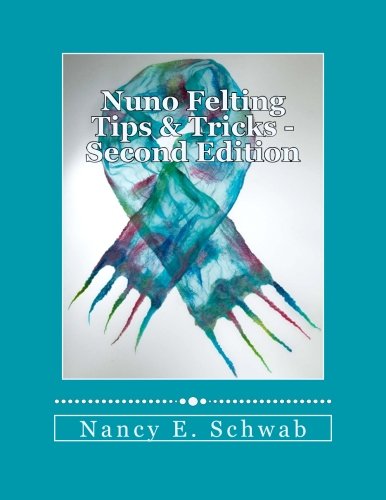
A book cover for Nuno Felting Tips & Tricks - Second Edition; Nancy E. Schwab; Crafts, Hobbies & Home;